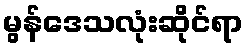
မွန်ဒေသလုံးဆိုင်ရာ